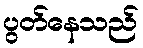
ပွတ်နေသည်